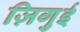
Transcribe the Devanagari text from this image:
ज़िगुई